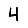
Digit: 4